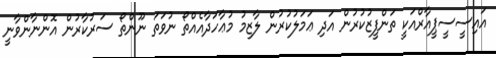
އައިސީސީޕީއާރްއަކީ ތަންފީޒުކުރުން އަދި ޢަމަލުކުރުން ލާޒިމު މުޢާހަދާއެއްތޯ ނުވަތަ ނޫންތޯ ސަރުކާރުން އޮންނާންވާނީ